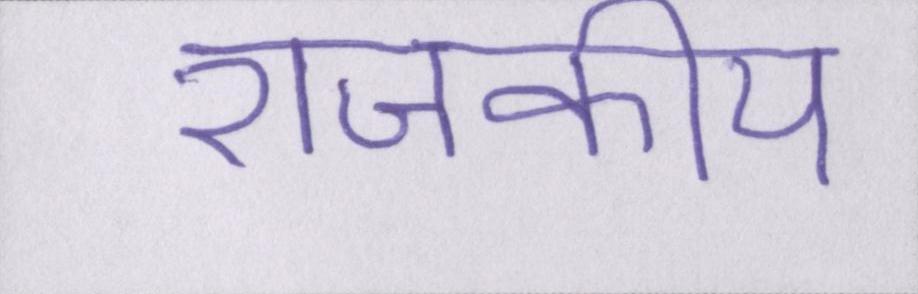
राजकीय